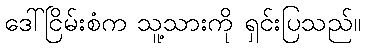
ဒေါ်ငြိမ်းစံက သူ့သားကို ရှင်းပြသည်။